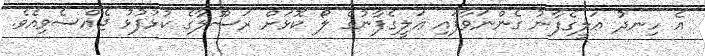
އެ ހިނދު ޢަލީގެފާނު ގެންނަވާފައި ޢަލީގެފާނުގެ ލޯ ކޮޅަށް ރަސޫލާގެ ކުޅުފުޅު ޖެއްސެވިއެވެ.